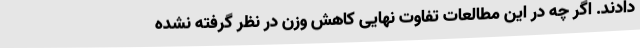
دادند. اگر چه در این مطالعات تفاوت نهایی کاهش وزن در نظر گرفته نشده